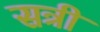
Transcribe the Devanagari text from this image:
सत्री